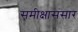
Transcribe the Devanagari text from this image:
समीक्षासंसार